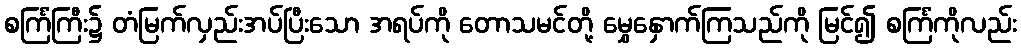
စင်္ကြံကြီး၌ တံမြက်လှည်းအပ်ပြီးသော အရပ်ကို တောသမင်တို့ မွှေနှောက်ကြသည်ကို မြင်၍ စင်္ကြံကိုလည်း